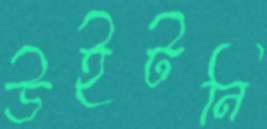
উইটনি